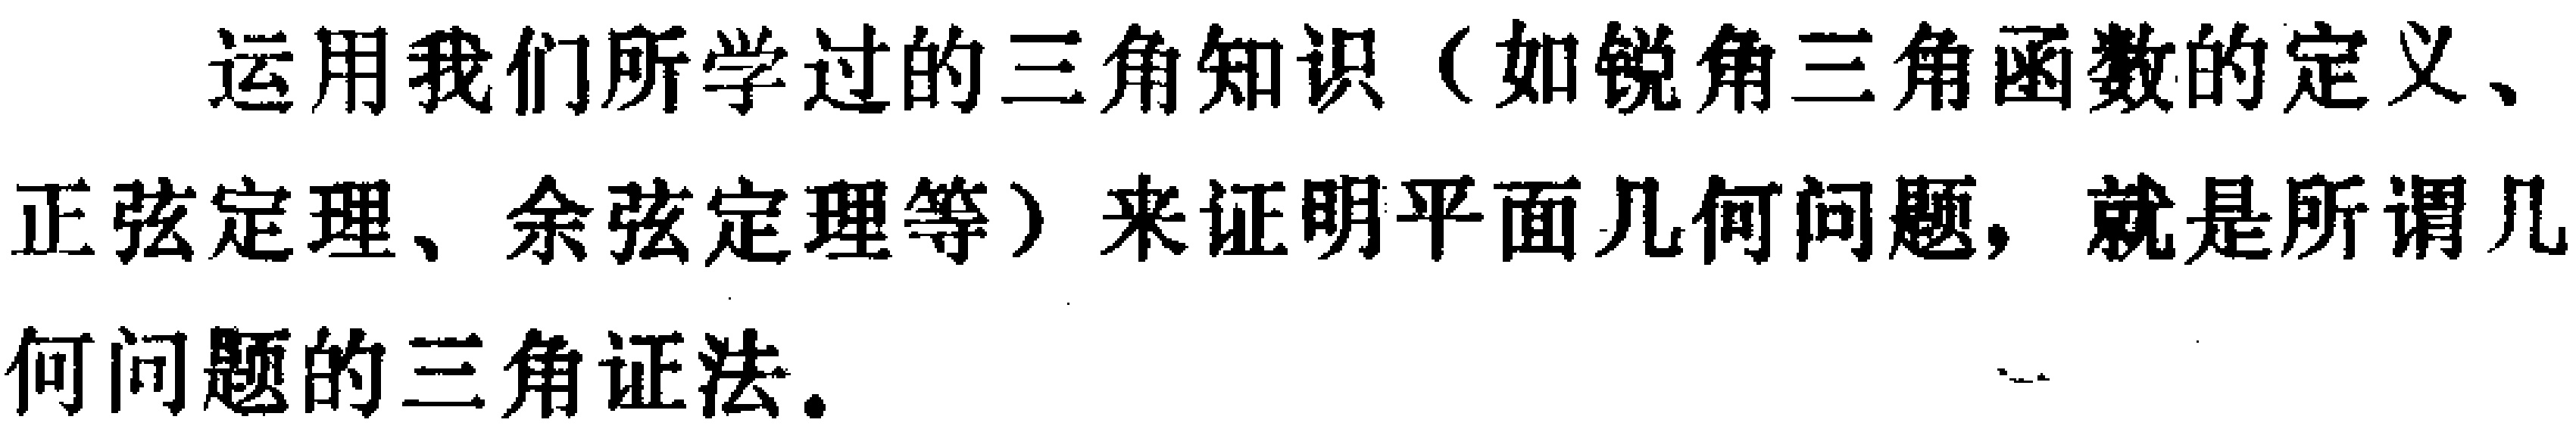
运用我们所学过的三角知识（如锐角三角函数的定义、正弦定理、余弦定理等）来证明平面几何问题，就是所谓几何问题的三角证法。